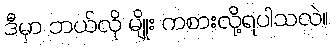
ဒီမှာ ဘယ်လို မျိုး ကစားလို့ရပါသလဲ။